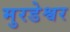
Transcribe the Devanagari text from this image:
मुरडेश्वर